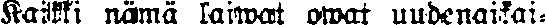
Kaikki nämä laiwat owat uudenaikai-